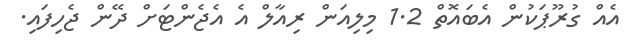
އެއް ގުރޫޕަކުން އެބައޮތް 1.2 މިލިއަން ރިއާލް އެ އެޖެންޓަށް ދޭން ޖެހިފައި.